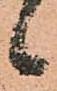
候